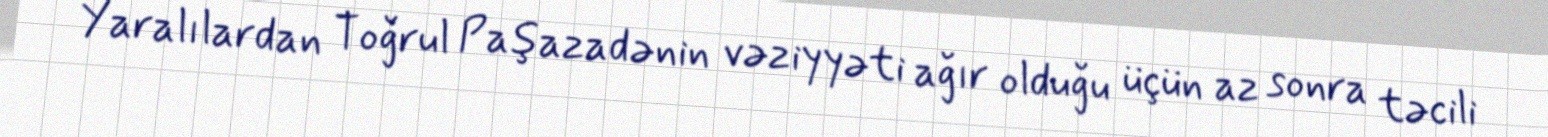
Yaralılardan Toğrul Paşazadənin vəziyyəti ağır olduğu üçün az sonra təcili